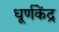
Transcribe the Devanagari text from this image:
धूर्णकेंद्र